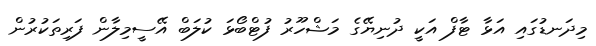
މިދަނޑުގައި އަޅާ ޓާފް އަކީ ދުނިޔޭގެ މަޝްހޫރު ފުޓްބޯޅަ ކުލަބް އޭސީމިލާން ފަރިތަކުރުން